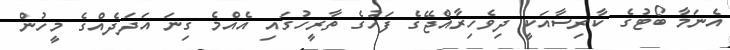
އެނަމާ ބޯޓުގެ ކާރިސާއަކީ ދިވެހިރާއްޖޭގެ ފަހުގެ ތާރީހުގައި އެއްމެ ގިނަ އަދަދެއްގެ މީހުން